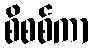
စိစစ်ကာ